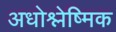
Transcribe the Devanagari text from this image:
अधोश्लेष्मिक